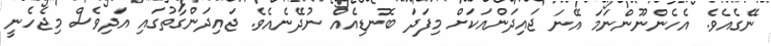
ނޭގެއެވެ. އެހެންނޫންނަމަ އޭނަ ޖައިދަންއަކަށް މިފަދަ ބޮނޑިއެއް ނުދޭނެއެވެ. ޖައިދަންގާތުގައި އަދިވެސް މިޖެހެނީ